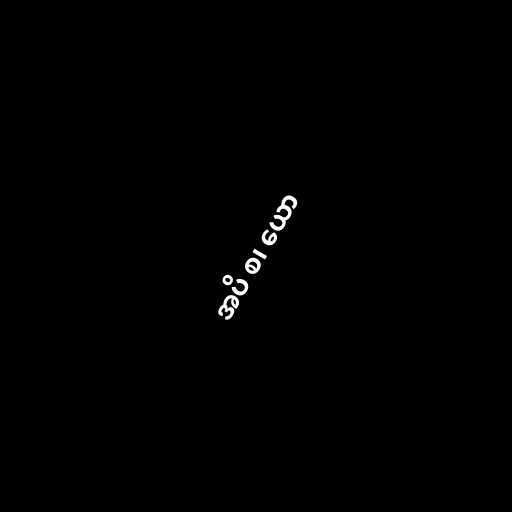
အပိ စ၊ ယော